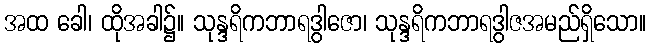
အထ ခေါ၊ ထိုအခါ၌။ သုန္ဒရိကဘာရဒွါဇော၊ သုန္ဒရိကဘာရဒွါဇအမည်ရှိသော။